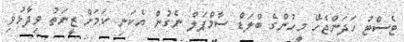
ޓެސްޓު ހަދަންޖެހޭ މީހުންގެ ބްލަޑް ސާމްޕަލް ނެގުން އެކަނި ކަމަށް ޒީނަތު ވިދާޅުވި